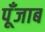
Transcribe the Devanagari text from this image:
पूँजाब